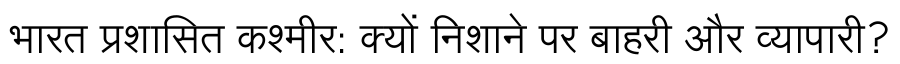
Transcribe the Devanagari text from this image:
भारत प्रशासित कश्मीर: क्यों निशाने पर बाहरी और व्यापारी?